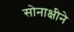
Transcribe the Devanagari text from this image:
सोनाक्षीने